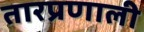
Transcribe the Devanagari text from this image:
तारप्रणाली